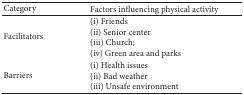
<table><thead><tr><td><b>Category</b></td><td><b>Factors influencing physical activity</b></td></tr></thead><tbody><tr><td>Facilitators</td><td>(i) Friends(ii) Senior center(iii) Church;(iv) Green area and parks</td></tr><tr><td>Barriers</td><td>(i) Health issues(ii) Bad weather(iii) Unsafe environment</td></tr></tbody></table>